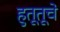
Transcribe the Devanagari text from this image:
हुतूतूचे